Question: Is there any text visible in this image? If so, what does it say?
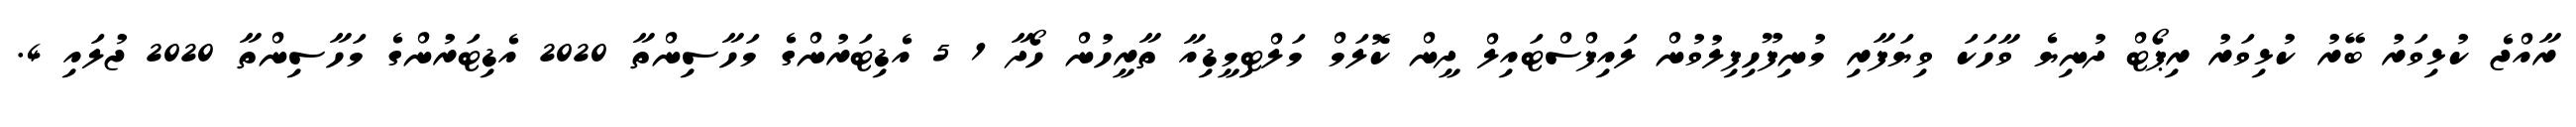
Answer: ރާއްޖެ ކުޅިވަރު ބޭރު ކުޅިވަރު ރިޕޯޓް ދުނިޔެ ވާހަކަ ވިޔަފާރި މުނިފޫހިފިލުވުން ލައިފްސްޓައިލް ދީން ކޮލަމް މަލްޓިމީޑިއާ ތާރީހުން ހޯދާ 1 5 އެޑިޓަރުންގެ މަހާސިންތާ 2020 އެޑިޓަރުންގެ މަހާސިންތާ 2020 ޖުލައި 4.